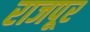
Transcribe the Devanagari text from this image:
राजपूर